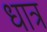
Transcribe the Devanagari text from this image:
धात्र